Report of the Municipal Commissioner on the plague in Bombay for the year ending 31st May... - Volume 2
Disease focus: Plague
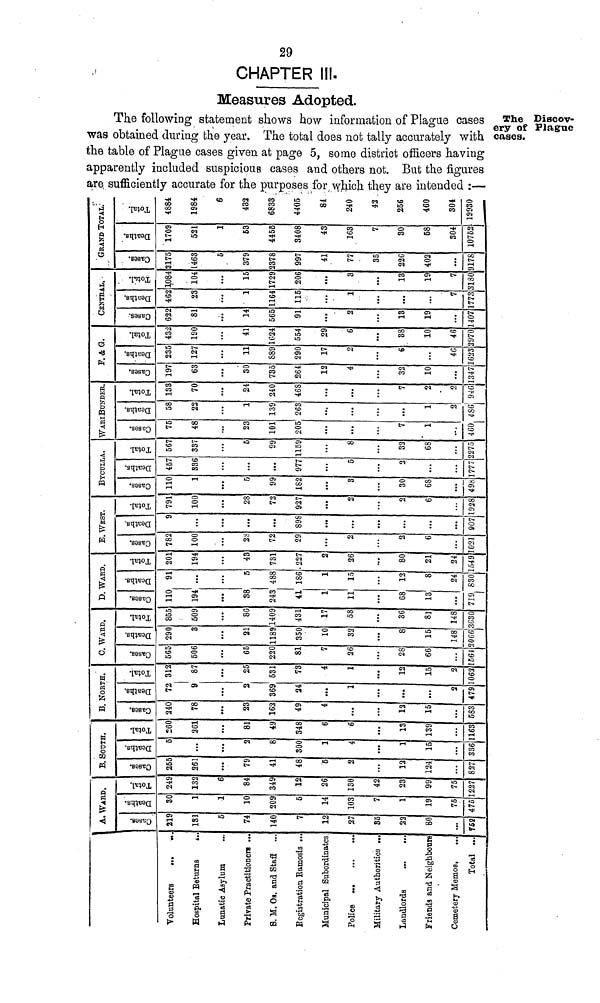
'
Volunteeis
...
«
Hospital Beturns
*
Lunatic Asylum
Prirate Practitioners ..
8. M. Oa. and Staff
...
Registration Eamosls ...
Municipal Subordinates
Police
H *
Military Authorjtieo ...
Landlords
Friends and Neighbours
Cemetery Memos,
...
Total ...
A. WARD.
21
18
7
140
7
12
27
86
22
80
...
762
3
' .
10
209
5
14
103
7
1
19
75
475
24
13
i
84
349
12
26
136
42
23
99
75
227
B. SOUTH.
25
26
79
41
48
5
2
12
124
827
...
2
8
300
]
4
1
15
336
26
26
8
49
348
6
6
13
139
163
B. NORTH.
240
78
23
162
49
4
...
12
15
583
72
9
2
369
24
...
1
...
...
2
479
31
8
2
531
73
4
1
12
15
2
062
C. WARD.
56
50
65
220
81
7
26
28
66
...
564
290
3
21
1189
350
10
32
8
15
148
066
855
509
86
1409
431
17
58
36
81
148
3030
D. WARD.
110
194
88
243
41
1
11
68
13
...
719
91
55
488
186
]
15
12
8
24
830
201
194
43
731
• 227
t
26
80
21
24
549
B. WEST.
782
100
2fe
72
29
o
2
2
6
021
i
...
...
•«.
898
...
...
...
007
791
100
28
72
927
2
2
6
928
BYCTJLLA.
110
1
r
99
182
8
30
68
498
457
336
...
...
977
5
2
...
777
567
337
5
99
1159
8
32
68
2275
WARI BUNDER.
76
48
23
101
205
...
7
1
460
58
22
1
139
263
...
...
1
2
486J
138
70
24
240
468
...
7
2
2
946
F.
&G.
197
63
30
735
264
12
4
32
10
...
347
235
127
11
889
290
17
2
6
...
46
623
432
190
41
1024
554
29
6
38
10
46
2970
CENTRAL.
622
81
14
565
91
...
2
13
19
...
407
462
23
1
1164
115
...
1
...
...
7
1773
1,084
104
15
1729
206
...
3
13
19
7
3130
GRAND TOTAL.
3175
1463
5
379
2378
997
41
77
35
22G
402
...
9178
1709
521
1
53
4455
3408
43
163
7
30
58
304
10752
488
198
43
683
440
82
4C
42
256
46(
304
1993C